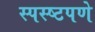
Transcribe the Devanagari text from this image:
स्पस्ष्टपणे